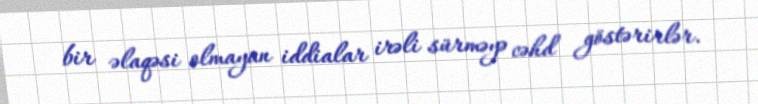
bir əlaqəsi olmayan iddialar irəli sürməyə cəhd göstərirlər.